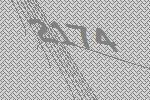
2174